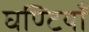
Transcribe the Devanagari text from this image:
घण्टियाँ